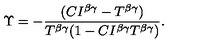
\Upsilon = - \frac { ( C I ^ { \beta \gamma } - T ^ { \beta \gamma } ) } { T ^ { \beta \gamma } ( 1 - C I ^ { \beta \gamma } T ^ { \beta \gamma } ) } .